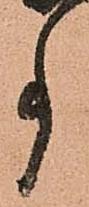
事